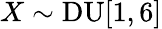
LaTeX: X\sim\mathrm{DU}[1,6]